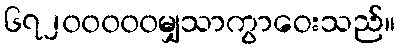
၆၇၂၀၀၀၀၀မျှသာကွာဝေးသည်။